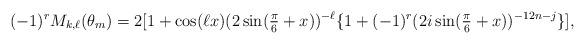
LaTeX: \begin{align*}(-1)^r M_{k,\ell}(\theta_m) = 2 [1 + \cos( \ell x)( 2\sin(\tfrac{\pi}{6} + x))^{-\ell} \{1 + (-1)^r (2 i \sin(\tfrac{\pi}{6} + x))^{-12n-j} \} ],\end{align*}